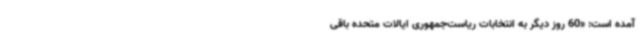
آمده است: «60 روز دیگر به انتخابات ریاست‌جمهوری ایالات متحده باقی